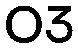
03